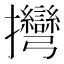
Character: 𢺯